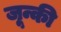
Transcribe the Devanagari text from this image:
जून्की